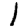
Digit: 1